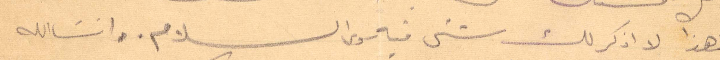
لهذا لا اذكر لك شيء فيه والسلام وانشالله